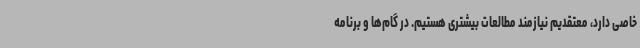
خاصی دارد، معتقدیم نیازمند مطالعات بیشتری هستیم. در گام‌ها و برنامه